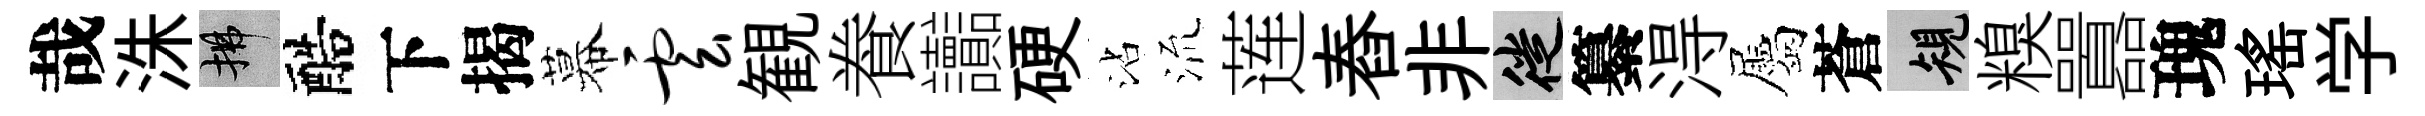
哉洙拂醅下揭幕云観飬讟硬沾𣴑莲舂非徙纂淂屬蒼規糗囂瑰瑤学